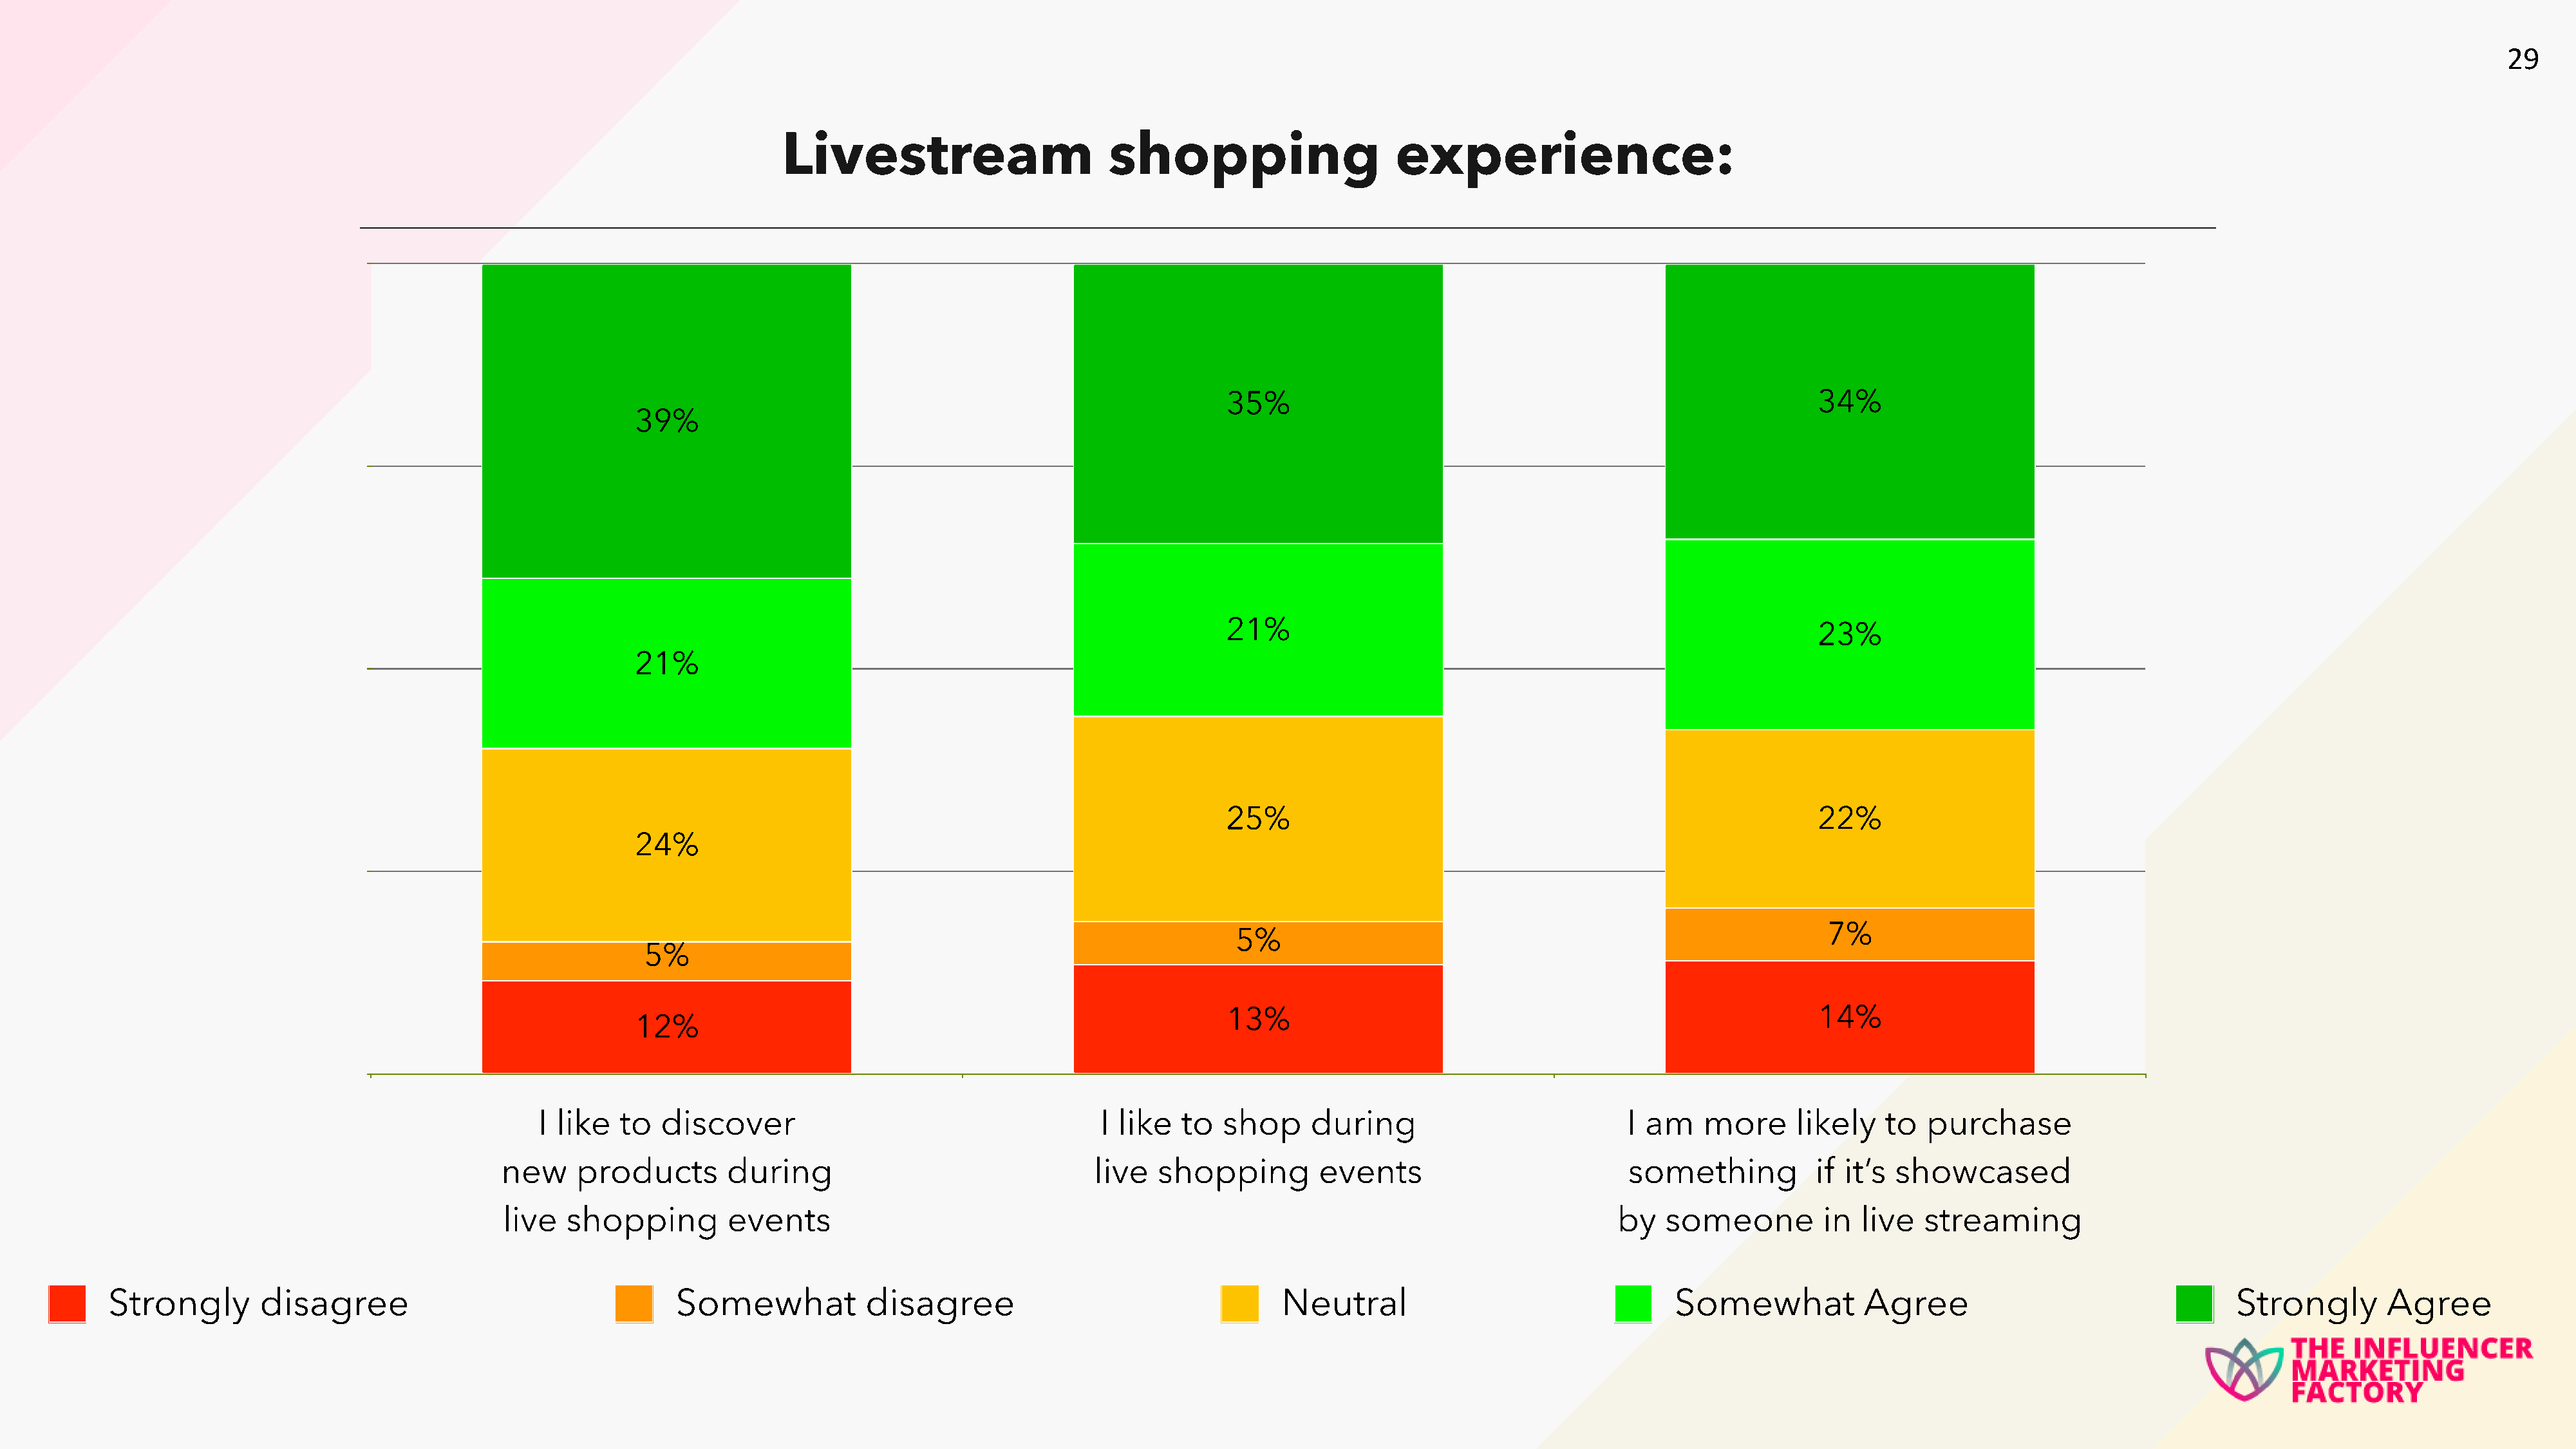
29
 Livestream                        shopping                     experience:
 35%                                                          34%
 39%
 21%
 23%
 21%
 25%                                                          22%
 24%
 7%
 5%
 5%
 13%                                                          14%
 12%
 I like   to  discover                                     I like  to   shop     during                          I am    more      likely   to  purchase
 new    products        during                               live   shopping         events                         something           if it’s showcased
 live  shopping         events                                                                                     by   someone         in  live   streaming
 Strongly        disagree                                  Somewhat            disagree                                   Neutral                                 Somewhat            Agree                                 Strongly       Agree